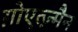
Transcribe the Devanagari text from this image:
ग़ोएत्ज़्मैन